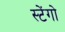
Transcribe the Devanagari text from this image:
स्टेंगो